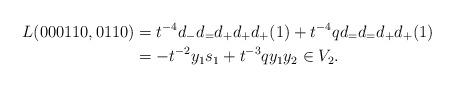
LaTeX: \begin{align*}L(000110, 0110) &= t^{-4} d_- d_= d_+ d_+ d_+(1) + t^{-4} q d_= d_= d_+ d_+ (1) \\ &= -t^{-2} y_1 s_1 + t^{-3} q y_1 y_2 \in V_2.\end{align*}